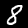
Digit: 8